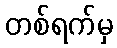
တစ်ရက်မှ